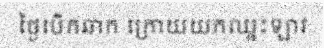
ថ្ងៃបើកឆាក ក្រោយយកឈ្នះឡាវ